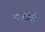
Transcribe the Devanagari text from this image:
नाबीहो